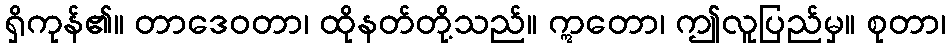
ရှိကုန်၏။ တာဒေဝတာ၊ ထိုနတ်တို့သည်။ ဣတော၊ ဤလူပြည်မှ။ စုတာ၊